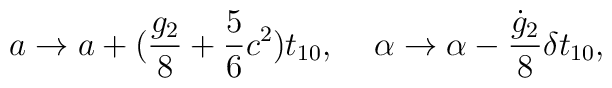
a \rightarrow a + (\frac{g_2}{8} + \frac{5}{6}c^2)t_{10},\;\;\;\;\alpha \rightarrow \alpha - \frac{\dot{g}_2}{8} \delta t_{10},